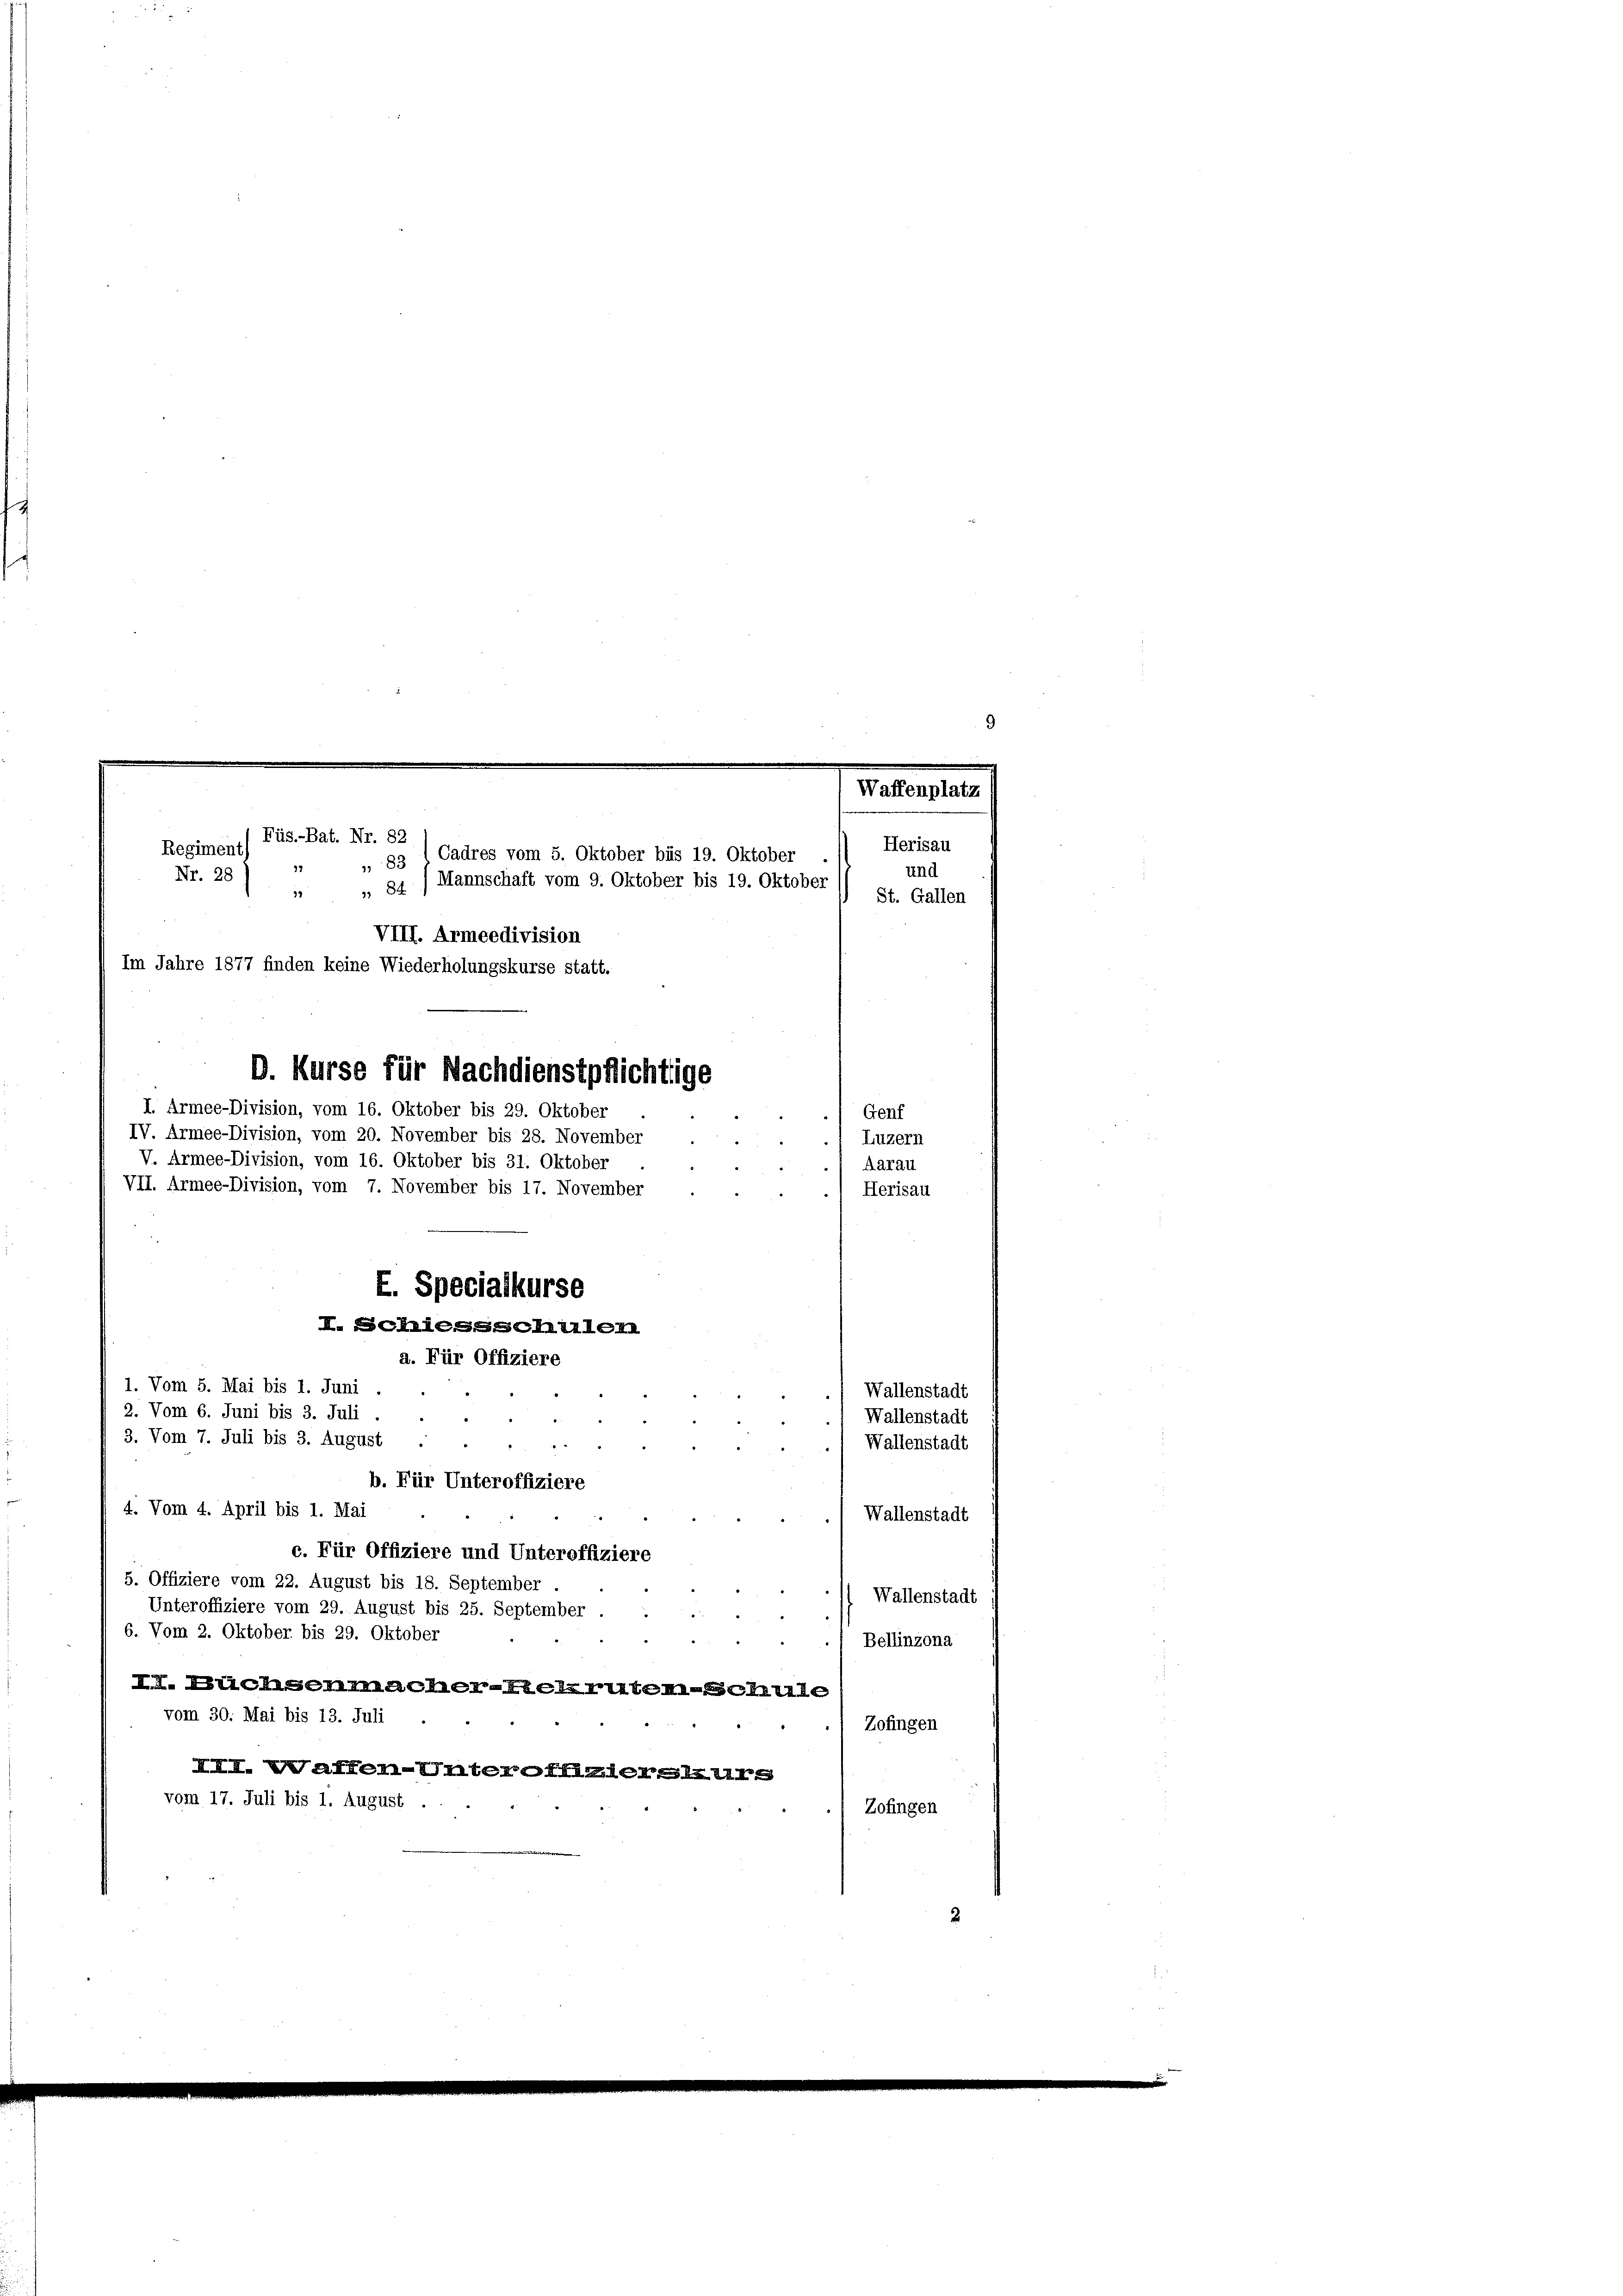
9
Nr. 28
VIII. Armeedivision
Im Jahre 1877 finden keine Wiederholungskurse statt.
D. Kurse für Nachdienstpflichtige
I. Armee-Division, vom 16. Oktober bis 29. Oktober
Genf
IV. Armee-Division, vom 20. November bis 28. November
Luzern
V. Armee-Division, vom 16. Oktober bis 31. Oktober
Aarau
VII. Armee-Division, vom 7. Noveniber bis 17. November
Herisau
E. Specialkurse
I. Schliesselte
a. Für Offiziere
1. Vom 5. Mai bis 1. Juni
Wallenstadt
2. Vom 6. Juni bis 3. Juli.
Wallenstadt
3. Vom 7. Juli bis 3. August ..
Wallenstadt
b. Für Unteroffiziere
4. Vom 4. April bis 1. Mai
Wallenstadt
c. Für Offiziere und Unteroffiziere
5. Offiziere vom 22. August bis 18. September
Wallenstadt
Unteroffiziere vom 29. August bis 25. September
6. Vom 2. Oktober bis 29. Oktober
Bellinzona
II. Michsenmacherlierten Schule
vom 30. Mai bis 13. Juli
Zofingen
XII. Waffen-Unteroffe
vom 17. Juli bis 1. August.
Zofingen

Füs.-Bat. Nr. 82
Regiment)

Herisau
und

„ 83 1 Cadres vom 5. Oktober bis 19. Oktober
 „ 84) Mannschaft vom 9. Oktober bis 19. Oktober 1 St. Gallen

Waffenplatz